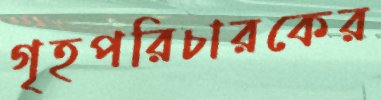
গৃহপরিচারকের